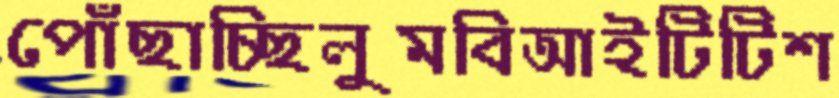
পোঁছাচ্ছিলুমবিআইটিটিশ